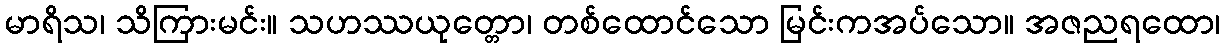
မာရိသ၊ သိကြားမင်း။ သဟဿယုတ္တော၊ တစ်ထောင်သော မြင်းကအပ်သော။ အဇညရထော၊